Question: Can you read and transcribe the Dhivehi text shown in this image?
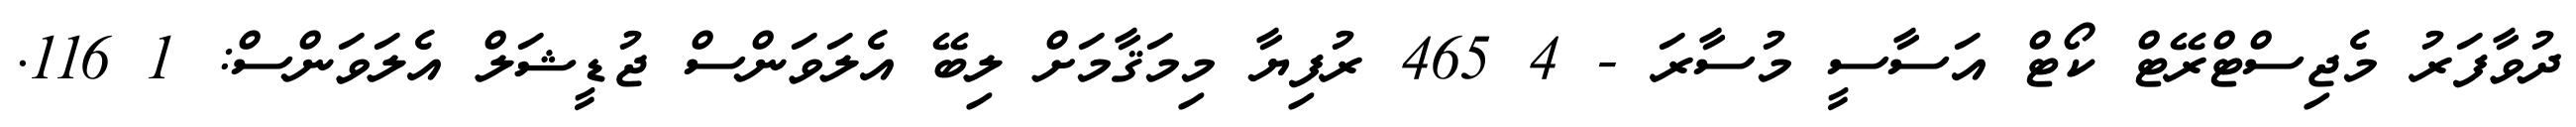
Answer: ދުވާފަރު މެޖިސްޓްރޭޓް ކޯޓް އަސާސީ މުސާރަ - 4 465 ރުފިޔާ މިމަޤާމަށް ލިބޭ އެލަވަންސް ޖުޑީޝަލް އެލަވަންސް: 1 116.